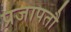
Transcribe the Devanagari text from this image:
प्रजापतौ